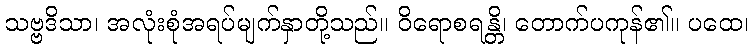
သဗ္ဗဒိသာ၊ အလုံးစုံအရပ်မျက်နှာတို့သည်။ ဝိရောစရန္တိ၊ တောက်ပကုန်၏။ ပထေ၊